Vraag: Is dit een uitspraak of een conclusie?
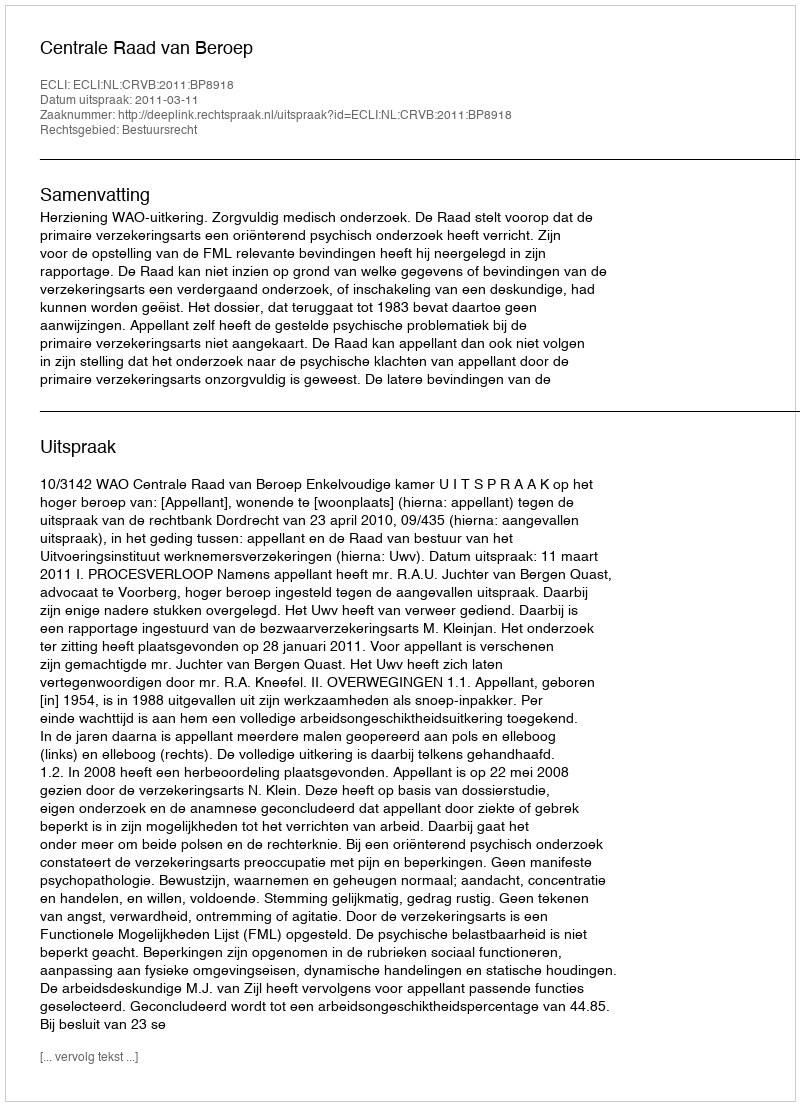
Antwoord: Uitspraak